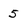
Character: 5